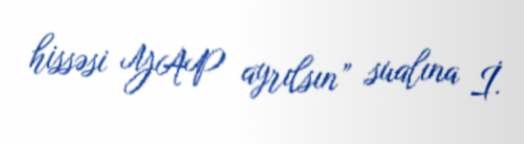
hissəsi YAP ayrılsın” sualına İ.